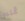
تمنح